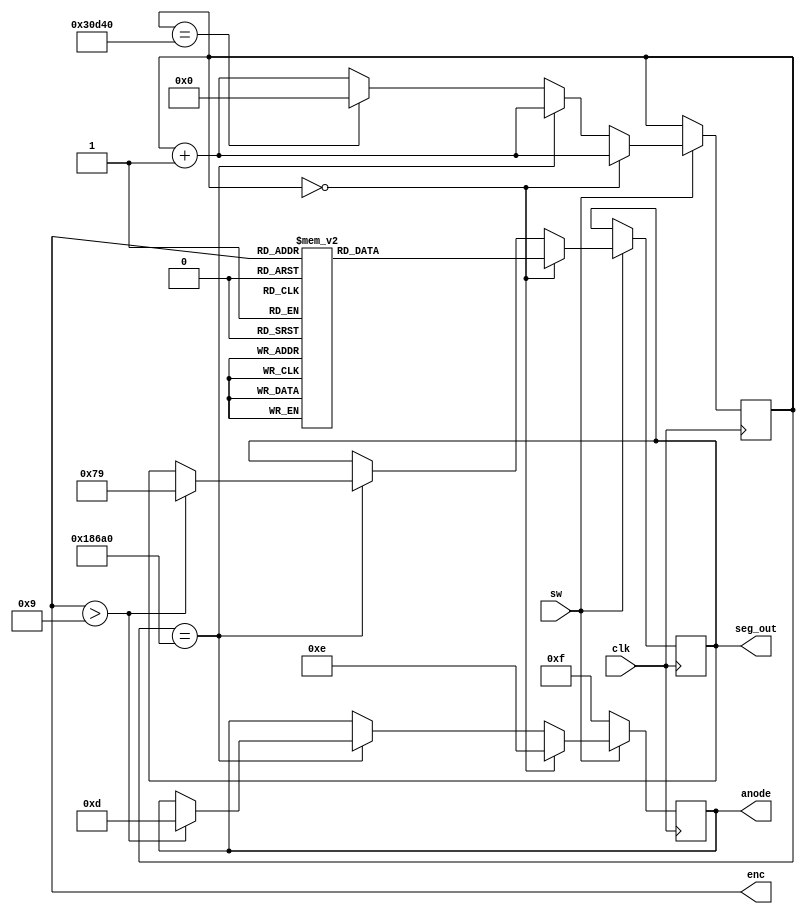
`timescale 1ns / 1ps
//////////////////////////////////////////////////////////////////////////////////
// Company: 
// Engineer: 
// 
// Design Name: 
// Module Name: seg7
// Project Name: 
// Target Devices: 
// Tool Versions: 
// Description: 
// 
// Dependencies: 
// 
// Revision:
// Revision 0.01 - File Created
// Additional Comments:
// 
//////////////////////////////////////////////////////////////////////////////////


module seg7(

    input clk,
    input sw,
    output [4:0] enc,
    output reg [3:0] anode,
    output reg [6:0] seg_out
    );

	reg [17:0] sclk;
	reg [6:0] seg_reg;

	always @(posedge clk)  begin

		if(sw == 1'b0) // if the switch is off , it turns off the LED Display 
			anode <= 4'b1111;	

		
		else
			// 0 ms refresh digit 0
			if(sclk == 0) begin
				anode <= 4'b1110; //turns on the right most LED
				seg_out <= seg_reg;
				sclk <= sclk + 1;
			end

			// 1ms refresh digit 1
			else if(sclk == 100_000) begin
				// display a 1 on the tenth digit if the number is greater than 9
				if(enc > 9) begin
					seg_out <= 7'b1111001; // 1
					anode <= 4'b1101;
				end
									
				sclk <= sclk + 1;									
			end

			//	2ms
			else if(sclk == 200_000)	
				sclk <= 0;

			// increment
			else	
				sclk <= sclk + 1;						
	 end
	 
	 //  Selects the value to display on the seven segment display
	 always @(enc[4] or enc[3] or enc[2] or enc[1] or enc[0])
	   case (enc[4:0])
                    // seg order     gfedcba
			5'b00000 : seg_reg <= 7'b1000000;		// 0
			5'b00001 : seg_reg <= 7'b1111001;		// 1
			5'b00010 : seg_reg <= 7'b0100100;		// 2
			5'b00011 : seg_reg <= 7'b0110000;		// 3
			5'b00100 : seg_reg <= 7'b0011001;		// 4
			5'b00101 : seg_reg <= 7'b0010010;		// 5
			5'b00110 : seg_reg <= 7'b0000010;		// 6
			5'b00111 : seg_reg <= 7'b1111000;		// 7
			5'b01000 : seg_reg <= 7'b0000000;		// 8
			5'b01001 : seg_reg <= 7'b0010000;		// 9
			5'b01010 : seg_reg <= 7'b1000000;		// 10
			5'b01011 : seg_reg <= 7'b1111001;		// 11
			5'b01100 : seg_reg <= 7'b0100100;		// 12
			5'b01101 : seg_reg <= 7'b0110000;		// 13
			5'b01110 : seg_reg <= 7'b0011001;		// 14
			5'b01111 : seg_reg <= 7'b0010010;		// 15
			5'b10000 : seg_reg <= 7'b0000010;		// 16
			5'b10001 : seg_reg <= 7'b1111000;		// 17
			5'b10010 : seg_reg <= 7'b0000000;		// 18
			5'b10011 : seg_reg <= 7'b0010000;		// 19
			default  : seg_reg <= 7'b0111111;       // - 

	   endcase

endmodule